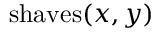
{ \mathrm { s h a v e s } } ( x , y )